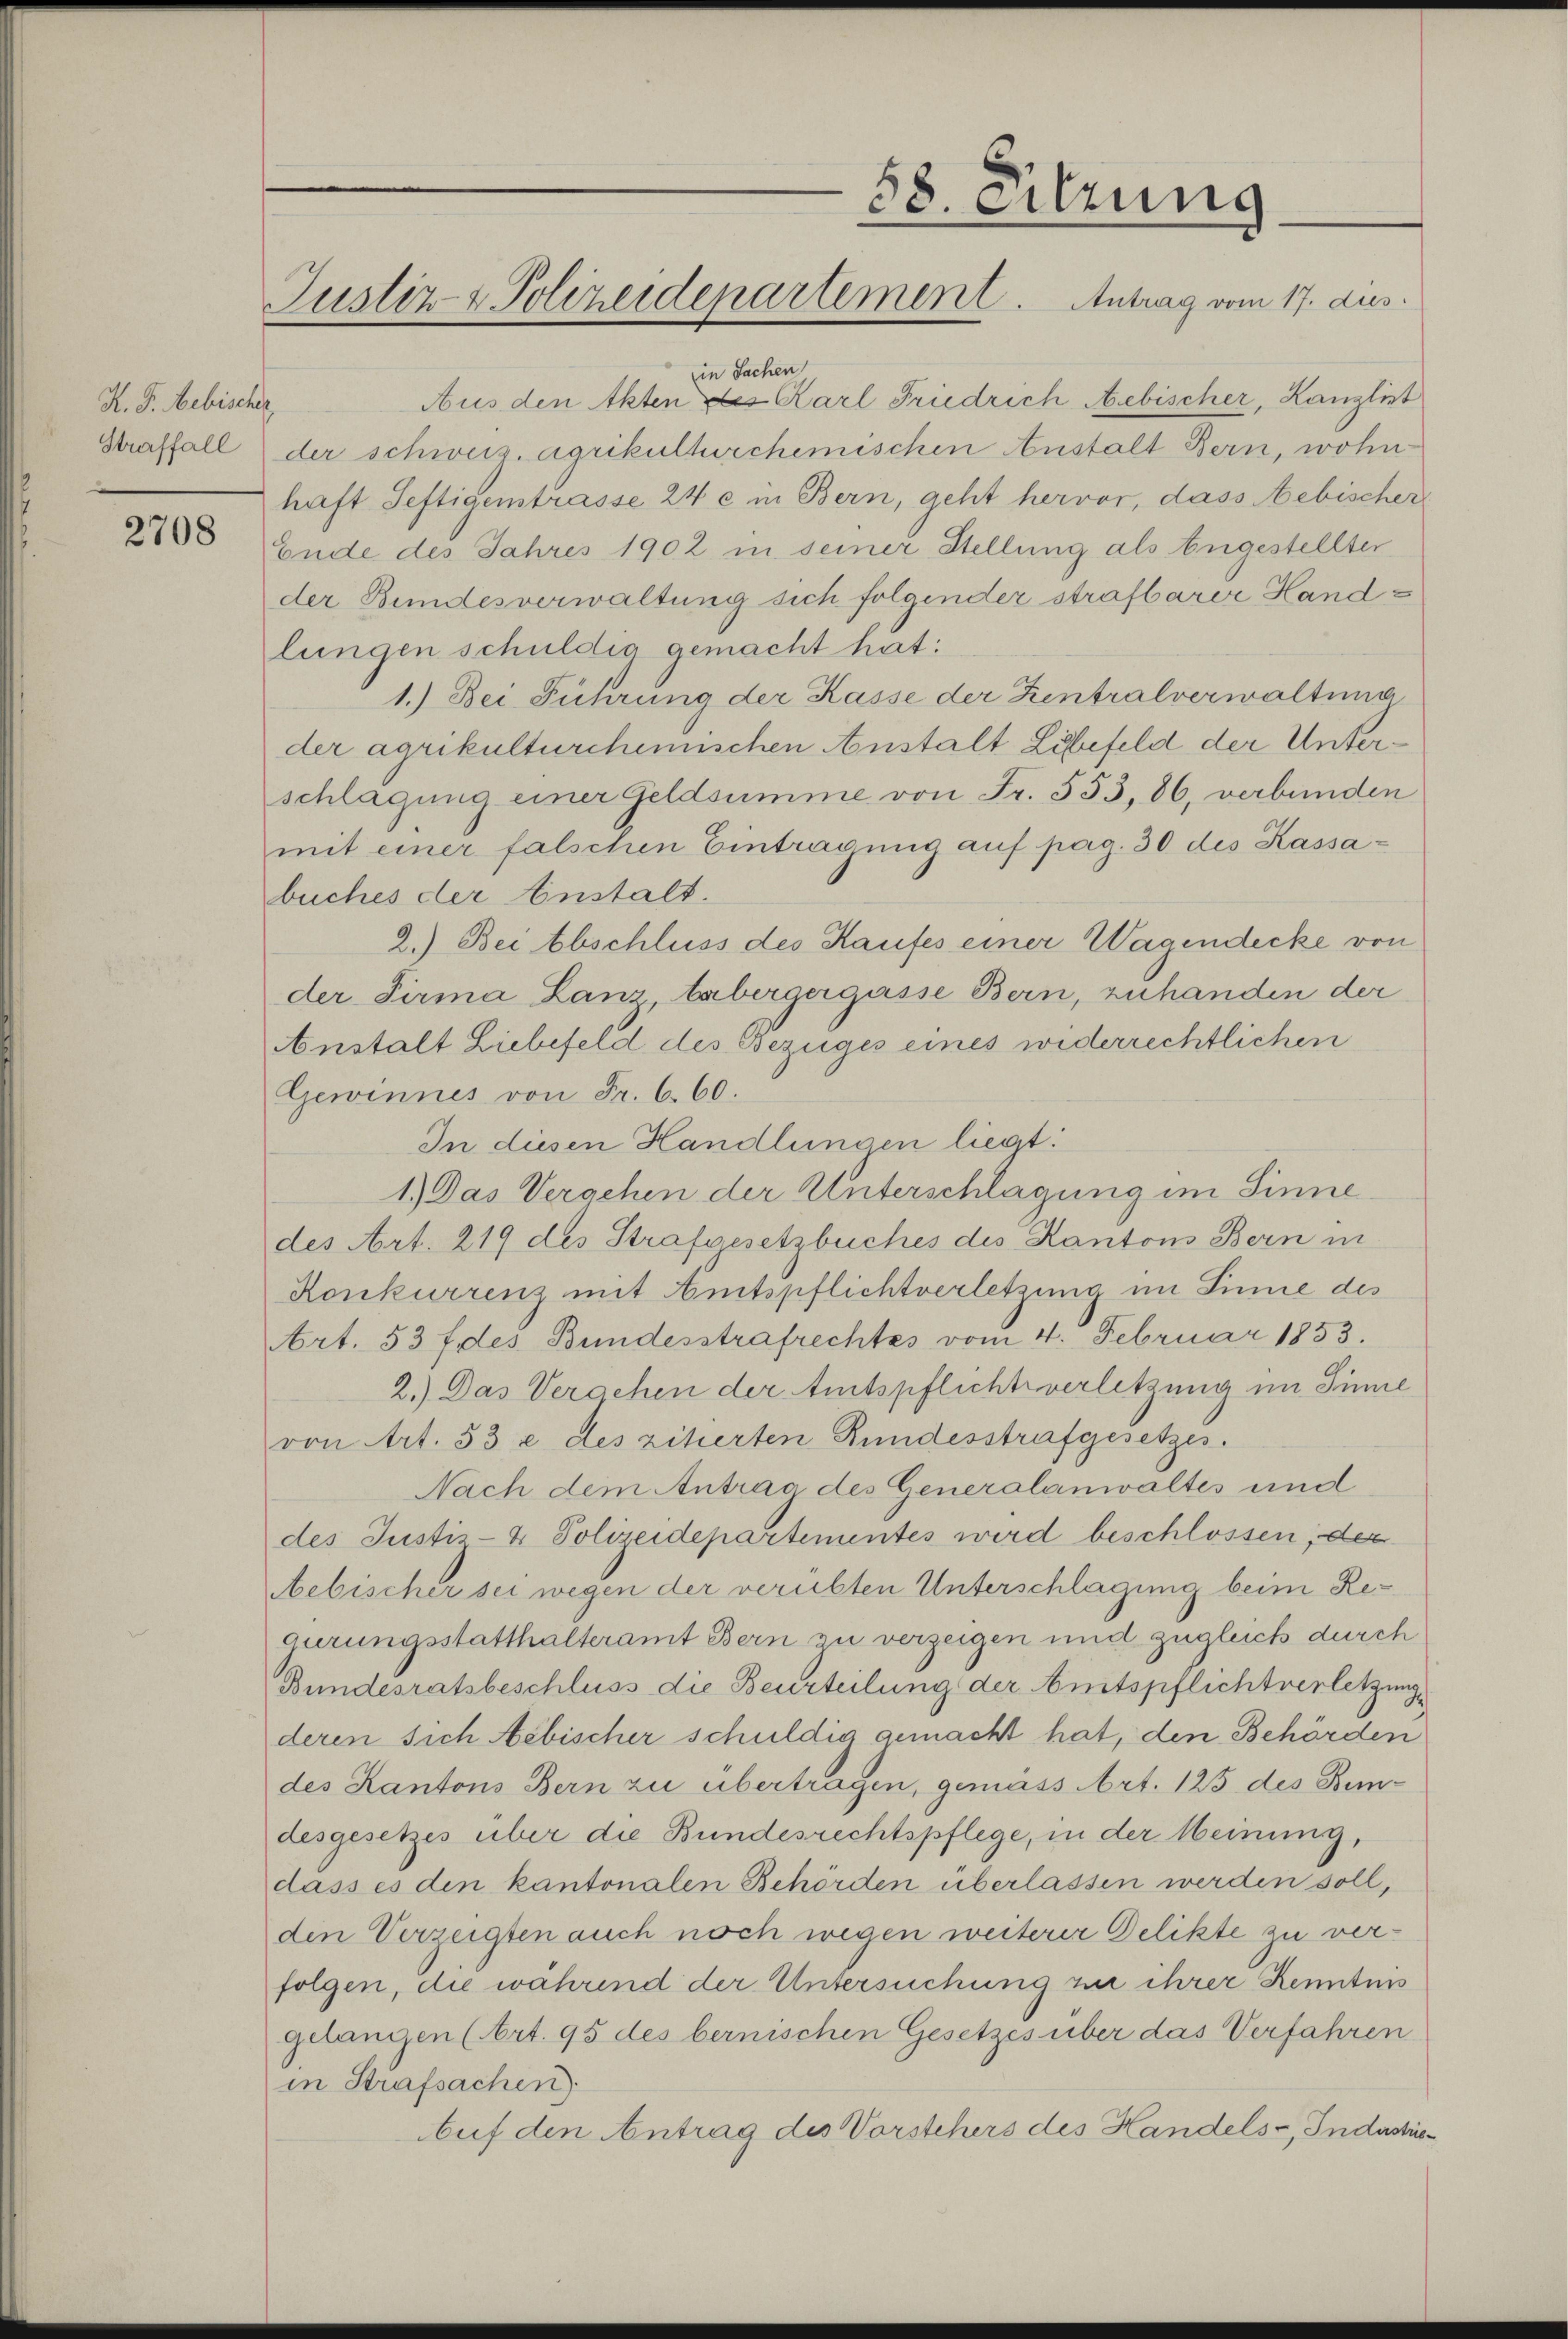
K. F. Bebischerz

2708

ein Sachen

58. Sitzung
Justiz- & Polizeidepartement. Antrag vom 17. dus.

Aus den Akten des Karl Friedrich Aebischer, Kanzlist
Straffall der schweiz. agrikulturchemischen Anstalt Bern, wohn
haft Seftigenstrasse 24 c in Bern, geht hervor, dass Aebischer
Ende des Jahres 1902 in seiner Stellung als Engestellter
der Bundesverwaltung sich folgender strafbarer Handlungen schuldig gemacht hat:
1.) Bei Führung der Kasse der Zentralverwaltung
der agrikulturchemischen Anstalt Libefeld der Unterschlagung einer Geldsumme von Fr. 553, 86, verbunden
mit einer falschen Eintragung auf pag. 30 des Kassabuches der Anstalt.
2.) Bei Abschluss des Kaufes einer Wagendecke von
der Firma Lanz, tabergergasse Bern, zuhanden der
Anstalt Liebefeld des Bezuges eines widerrechtlichen
Gewinnes von Fr. 6. 60.
In diesen Handlungen liegt:
1.) Das Vergehen der Unterschlagung im Sinne
des Art. 219 des Strafgesetzbuches des Kantons Bern in
Konkurrenz mit Amtspflichtverletzung im Sinne des
Art. 53 f des Bundesstrafrechtes vom 4. Februar 1853.
2.) Das Vergehen der Amtspflichtsverletzung im Sinne
von Art. 53 e des zitierten Rundesstrafgesetzes.
Nach dem Antrag des Generalanwaltes und
des Justiz- & Polizeidepartementes wird beschlossen, der
ebischer sei wegen der verübten Unterschlagung beim Regirungsstatthalteramt Bern zu verzeigen und zugleich durch
Bundesratsbeschluss die Beurteilung der Amtspflichtverletzungs
deren sich Aebischer schuldig gemacht hat, den Behörden
des Kantons Bern zu übertragen, gemäss Art. 125 des Bedesgesetzes über die Bundesrechtspflege, in der Meinung,
dass es den kantonalen Behörden überlassen werden soll,
den Verzeigten auch noch wegen weiterer Delikte zu verfolgen, die während der Untersuchung zu ihrer Kenntnis
gelangen (Art. 95 des bernischen Gesetzes über das Verfahren
in Strafsachen).
Auf den Antrag des Vorstehers des Handels-, Industrie¬